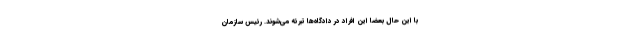
با این حال بعضا این افراد در دادگاه‌ها تبرئه می‌شوند. رئیس سازمان